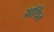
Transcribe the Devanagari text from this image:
आर्थित